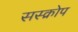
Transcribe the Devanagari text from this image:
सस्क्रोप